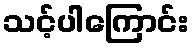
သင့်ပါကြောင်း